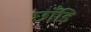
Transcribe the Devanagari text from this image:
छाँड़ि